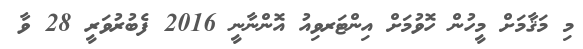
މި މަޤާމަށް މީހުން ހޮވުމަށް އިންޓަރވިއު އޮންނާނީ 2016 ފެބުރުވަރީ 28 ވާ